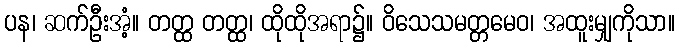
ပန၊ ဆက်ဦးအံ့။ တတ္ထ တတ္ထ၊ ထိုထိုအရာ၌။ ဝိသေသမတ္တမေဝ၊ အထူးမျှကိုသာ။